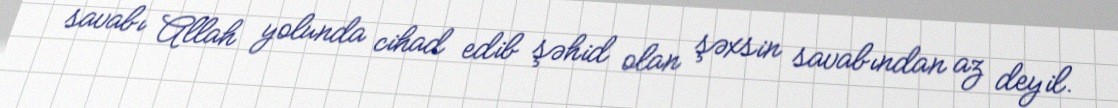
savabı Allah yolunda cihad edib şəhid olan şəxsin savabından az deyil.